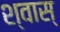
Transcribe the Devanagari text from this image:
श्वास्